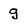
Character: g